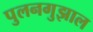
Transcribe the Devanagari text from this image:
पुलनगुझाल